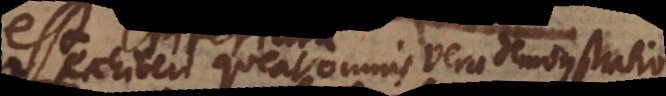
exhiberi queat omnis vera demonstratio